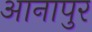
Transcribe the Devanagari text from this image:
आनापुर